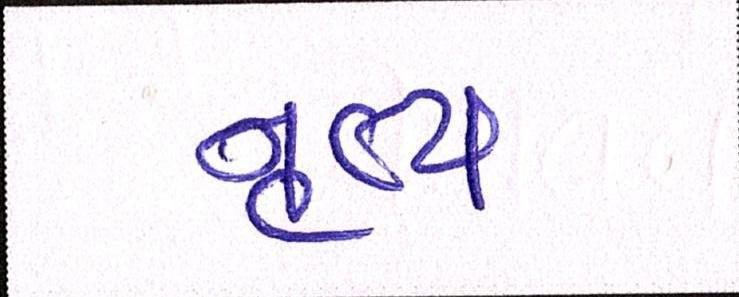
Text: નૃત્ય